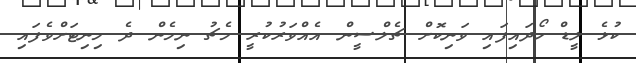
ކުޅެ ލީޑް ހޯދައިފައި ވަނިކޮށް ޗެލްސީން އެއްވަރުކުރީ މެޗު ނިމެން ދެ މިނިޓަށްވެފައި